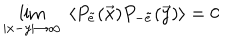
LaTeX: \lim _ { \vert x - y \vert \rightarrow \infty } ~ \langle P _ { \tilde { e } } ( \vec { x } ) P _ { - \tilde { e } } ( \vec { y } ) \rangle = 0